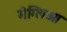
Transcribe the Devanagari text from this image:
मेग्लिओ